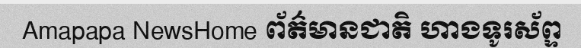
Amapapa NewsHome ព័ត៌មានជាតិ ហាងទូរស័ព្ទ